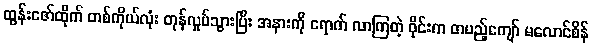
ထွန်းဇော်ထိုက် တစ်ကိုယ်လုံး တုန်လှုပ်သွားပြီး အနားကို ရောက် လာကြတဲ့ ဝိုင်းက တပည့်ကျော် မလောင်စိန်